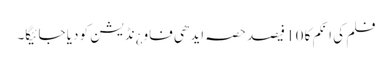
فلم کی انکم کا 10 فیصد حصہ ایدھی فاو¿نڈیشن کو دیا جائیگا۔